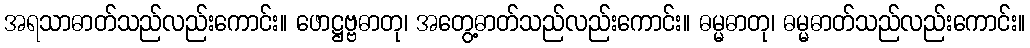
အရသာဓာတ်သည်လည်းကောင်း။ ဖောဋ္ဌဗ္ဗဓာတု၊ အတွေ့ဓာတ်သည်လည်းကောင်း။ ဓမ္မဓာတု၊ ဓမ္မဓာတ်သည်လည်းကောင်း။